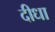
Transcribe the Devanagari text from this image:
दीधा